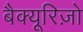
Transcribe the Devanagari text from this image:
बैक्यूरिज़ो